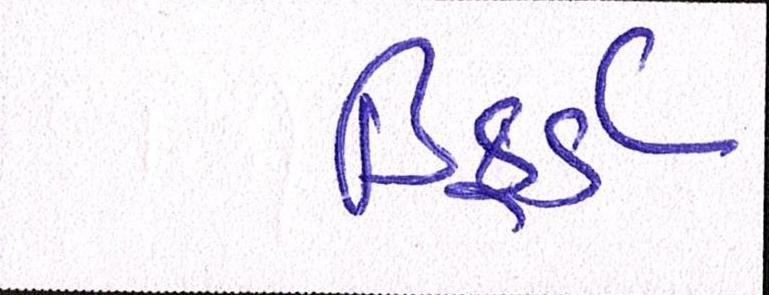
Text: ડિફર્ડ